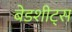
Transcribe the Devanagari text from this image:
बेडशीट्स